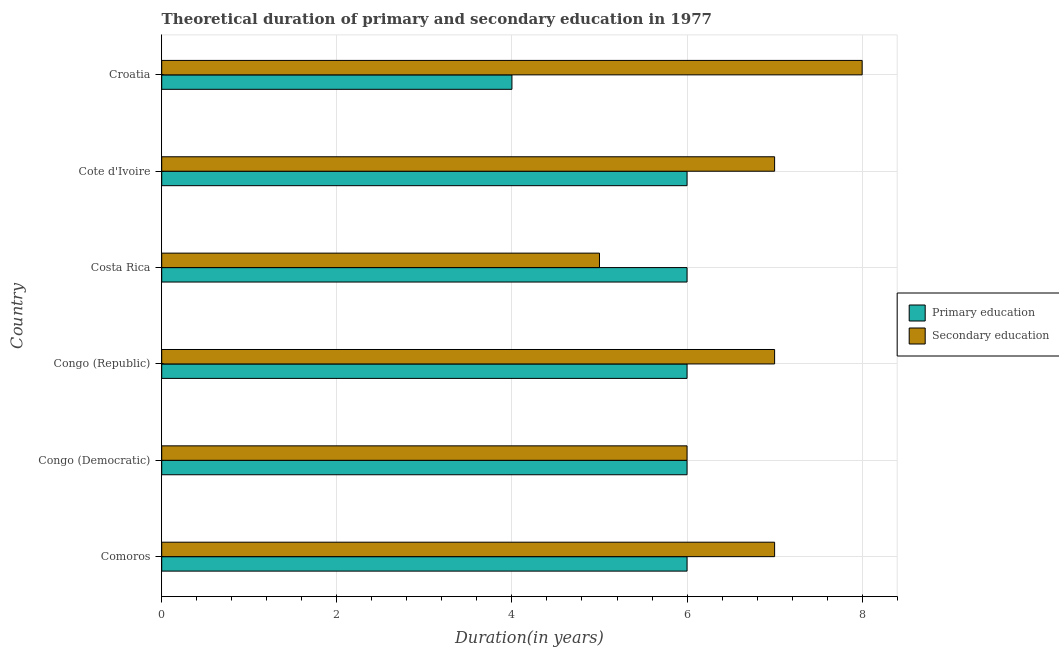
| Country | Primary education | Secondary education |
 | --- | --- | --- |
 | Comoros | 6 | 7 |
 | Congo (Democratic) | 6 | 6 |
 | Congo (Republic) | 6 | 7 |
 | Costa Rica | 6 | 5 |
 | Cote d'Ivoire | 6 | 7 |
 | Croatia | 4 | 8 |